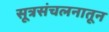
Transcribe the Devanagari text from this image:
सूत्रसंचलनातून